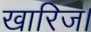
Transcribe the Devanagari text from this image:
खारिज।